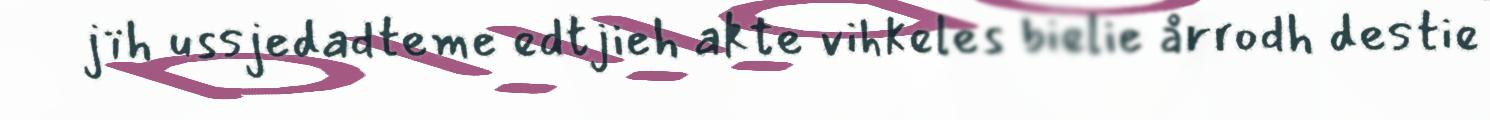
jïh ussjedadteme edtjieh akte vihkeles bielie årrodh destie